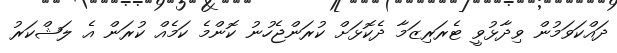
ދައްކަވަމުން ވިދާޅުވީ ޓެރަރިޒަމާ ދެކޮޅަށް ކުރަންޖެހުނު ކޮންމެ ކަމެއް ކުރަން އެ ލަޝްކަރު